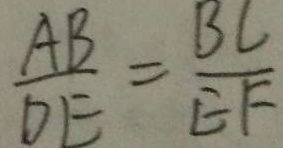
\frac { A B } { D E } = \frac { B C } { E F }